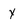
Character: Y